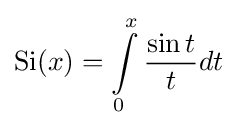
{\text{Si}}(x)=\int \limits _{0}^{x}{\sin t \over t}dt